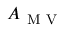
A _ { \mathrm { ~ M ~ V ~ } }